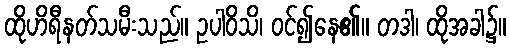
ထိုဟိရီနတ်သမီးသည်။ ဥပါဝိသိ၊ ဝင်၍နေ၏။ တဒါ၊ ထိုအခါ၌။